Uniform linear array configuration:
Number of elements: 24
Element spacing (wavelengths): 1
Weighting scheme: kaiser
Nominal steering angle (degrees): -45
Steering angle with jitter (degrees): -45.209
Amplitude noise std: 0.05
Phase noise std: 0.05

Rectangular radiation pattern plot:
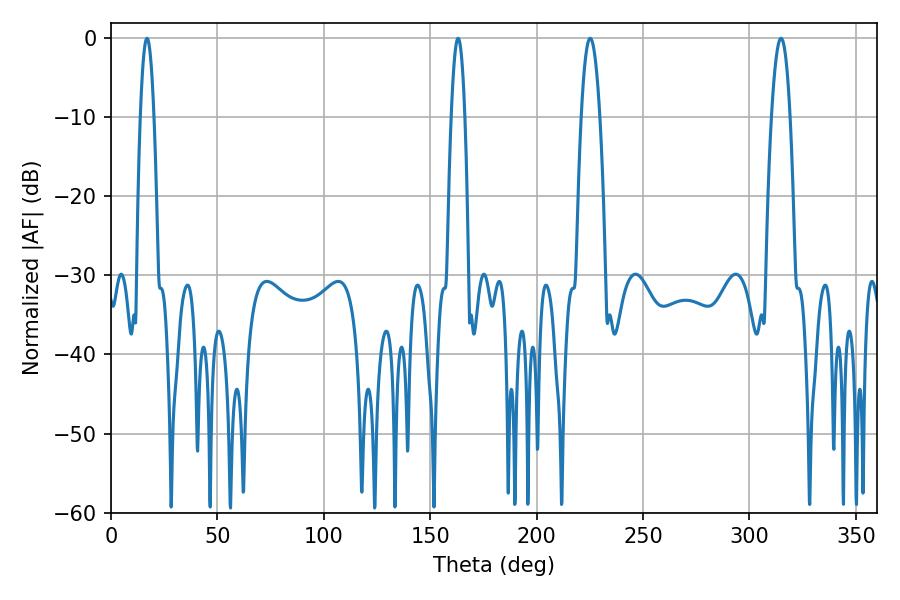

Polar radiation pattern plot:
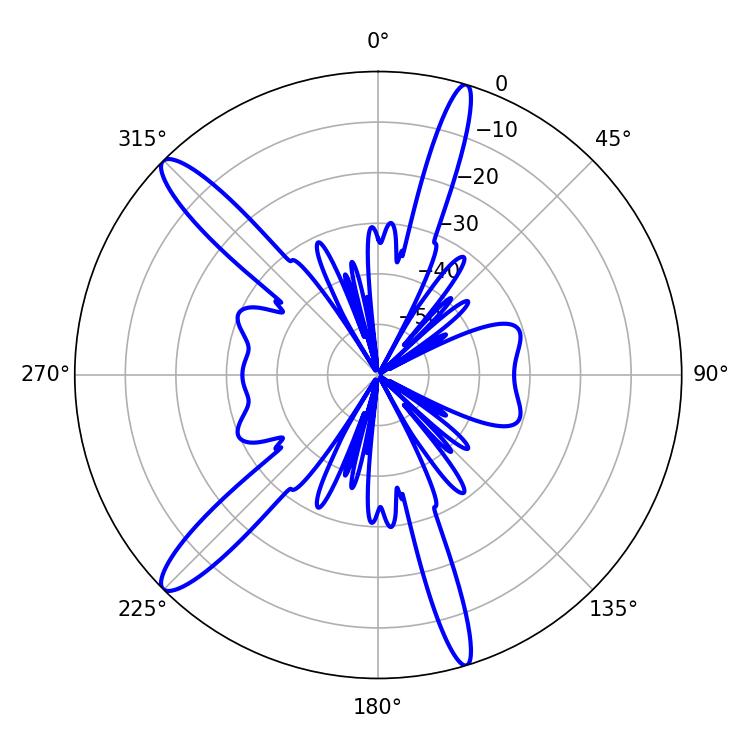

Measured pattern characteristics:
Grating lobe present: TRUE
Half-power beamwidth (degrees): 3.6
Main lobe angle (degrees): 16.92